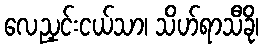
လေညှင်းငယ်သာ၊ သိဟ်ရာသီခို၊